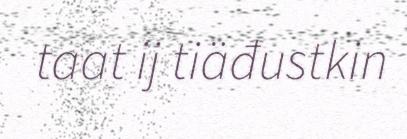
taat ij tiäđustkin